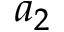
a _ { 2 }